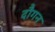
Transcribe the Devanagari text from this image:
दौगन